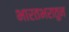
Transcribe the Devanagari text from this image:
भारतभरातुन